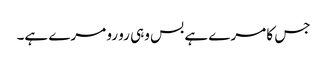
جس کا مرے ہے بس وہی رو رو مرے ہے۔